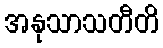
အနုသာသတီတိ